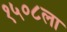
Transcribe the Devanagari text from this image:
१५०८ला